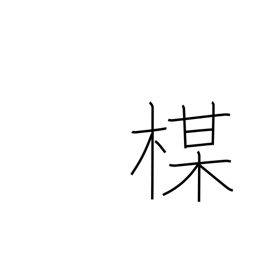
Meaning: plum